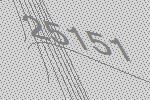
25151